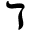
\daleth